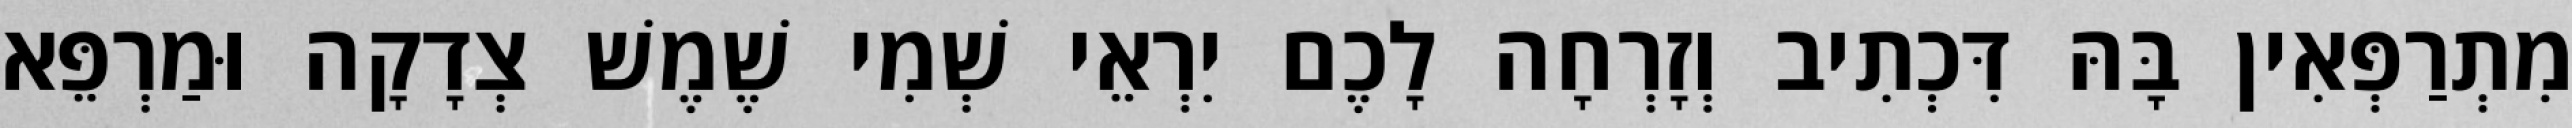
מִתְרַפְּאִין בָּהּ דִּכְתִיב וְזָרְחָה לָכֶם יִרְאֵי שְׁמִי שֶׁמֶשׁ צְדָקָה וּמַרְפֵּא